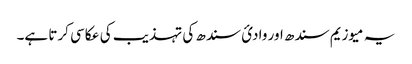
یہ میوزیم سندھ اور وادئ سندھ کی تہذیب کی عکاسی کرتا ہے۔